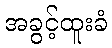
အခွင့်ထူးခံ